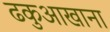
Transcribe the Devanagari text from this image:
ढकुआखाना